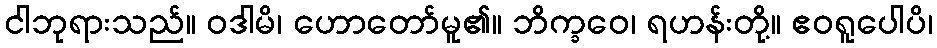
ငါဘုရားသည်။ ဝဒါမိ၊ ဟောတော်မူ၏။ ဘိက္ခဝေ၊ ရဟန်းတို့။ ဧဝရူပေါပိ၊